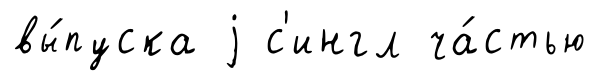
вы́пуска j с'ингл ча́стью